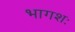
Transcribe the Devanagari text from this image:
भागशः